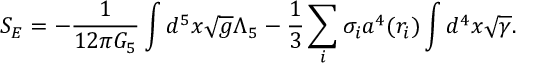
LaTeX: S _ { E } = - { \frac { 1 } { 1 2 \pi G _ { 5 } } } \int d ^ { 5 } x \sqrt { g } \Lambda _ { 5 } - { \frac { 1 } { 3 } } \sum _ { i } \sigma _ { i } a ^ { 4 } ( r _ { i } ) \int d ^ { 4 } x \sqrt { \gamma } .